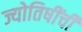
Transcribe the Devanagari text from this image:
ज्योतिषींची